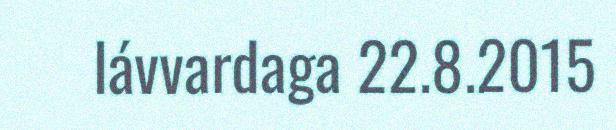
lávvardaga 22.8.2015